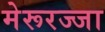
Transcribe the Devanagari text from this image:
मेरूरज्जा